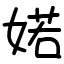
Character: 婼